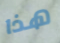
هذا